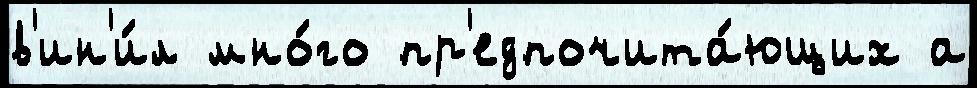
в'ин'и́л мно́го пр'едпочита́ющих а